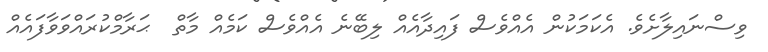
ވިސްނައިލާށެވެ. އެކަމަކުން އެއްވެސް ފައިދާއެއް ލިބޭނެ އެއްވެސް ކަމެއް މާތް  ޙަރާމްކުރައްވަވާފައެއް